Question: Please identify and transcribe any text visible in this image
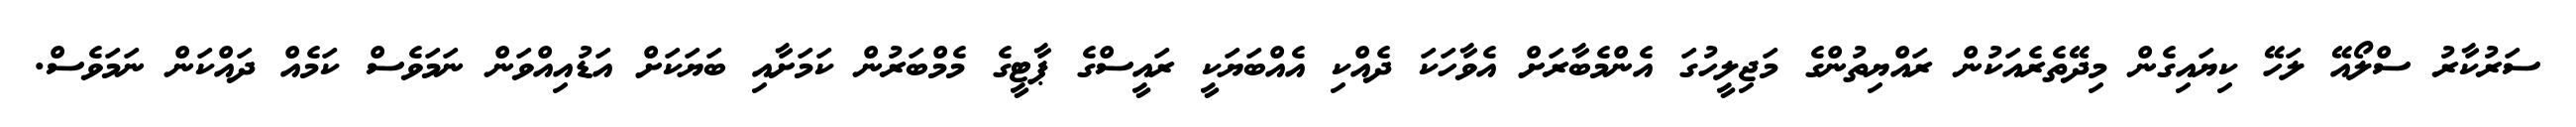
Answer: ސަރުކާރު ސްލޯއޭ ލަހޭ ކިޔައިގެން މިދޭތެރެއަކުން ރައްޔިތުންގެ މަޖިލީހުގަ އެންމެބާރަށް އެވާހަކަ ދެއްކި އެއްބަޔަކީ ރައީސްގެ ޕާޓީގެ މެމްބަރުން ކަމަށާއި ބަޔަކަށް އަޑުއިއްވަން ނަމަވެސް ކަމެއް ދައްކަން ނަމަވެސް.